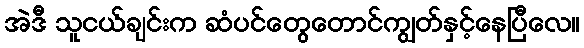
အဲဒီ သူငယ်ချင်းက ဆံပင်တွေတောင်ကျွတ်နှင့်နေပြီလေ။